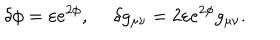
\delta \phi = \varepsilon e ^ { 2 \phi } , \ \delta g _ { \mu \nu } = 2 \varepsilon e ^ { 2 \phi } g _ { \mu \nu } .